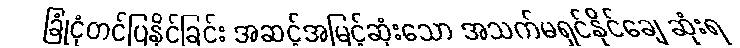
ခြုံငုံတင်ပြနိုင်ခြင်း အဆင့်အမြင့်ဆုံးသော အသက်မရှင်နိုင်ချေ ဆုံးရ